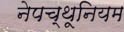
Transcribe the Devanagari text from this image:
नेपच्थूनियम